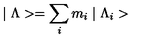
\mid \Lambda > = \sum _ { i } m _ { i } \mid \Lambda _ { i } >